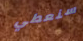
سنعطي